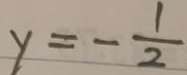
y = - \frac { 1 } { 2 }